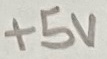
Text: +5V